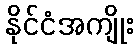
နိုင်ငံအကျိုး